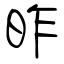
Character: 昨